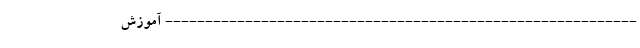
----------------------------------------------------------- آموزش